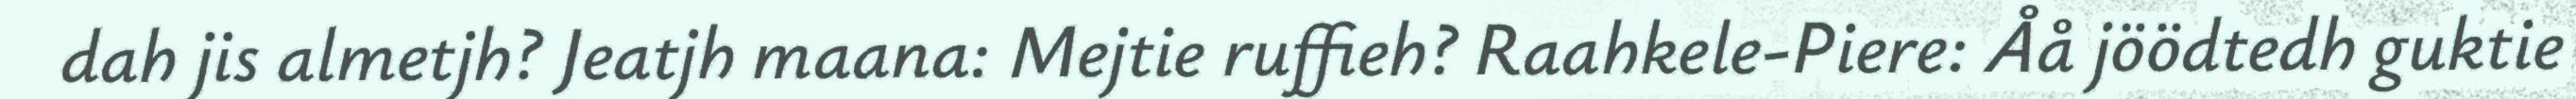
dah jis almetjh? Jeatjh maana: Mejtie ruffieh? Raahkele-Piere: Åå jöödtedh guktie